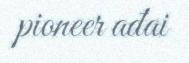
pioneer ađai